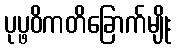
ပုပ္ဖဝိကတိခြောက်မျိုး